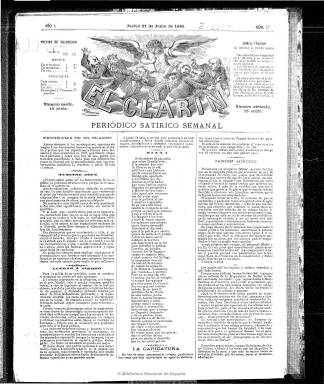
Título: El Clarín (Madrid. 1883)
Colección: Revistas satíricas y humorísticas || Periódicos
Ámbito geográfico: Madrid
Lugar de publicación: Madrid
Fechas: 21/06/1883-30/08/1883

Ante el temor de la suspensión temporal efectiva de El Motín (1881-1926), cuyo director, Juan Vallejo Larrinaga (-1892), también había sido sentenciado a dos meses de arresto, los editores de la que se considera principal revista satírica de corte republicano y anticlerical, comenzarán a publicar, a partir del 21 de junio de 1883, este título de resonancias taurinas, pero sin ninguna relación con ellas, pues se trata de otro “periódico satírico semanal” de naturaleza política, que sólo publicará diez entregas, hasta el 30 de agosto de ese mismo año. Se trata, pues, de un periódico circunstancial, con las mismas hechuras que El Motín, de cuatro páginas, compuesto a tres columnas, contenidos con el mismo estilo periodístico y estampado en la misma imprenta madrileña de M. Romero. La única diferencia de El Clarín con El Motín, es que el primero aparecerá los jueves y la ilustración sarcástica de sus páginas centrales será una litografía en blanco y negro, mientras que el segundo seguirá saliendo los domingos con sus caricaturas estampadas a color.

Su programa político tampoco variará un ápice, pues señala que atacará siempre a los monárquicos, censurará sin tregua a los demócratas benévolos, moralizará al clero y probará que los republicanos fueron unos “inocentes y unos majaderos en 1873, guardando respeto a personas y cosas que hoy se nos ponen por montera; recordando a cada paso que debimos imponer la libertad por el procedimiento que los conservadores sostienen la reacción; a palos. Ni más ni menos”.

Con un grabado en su cabecera de Masi, insertará breves artículos y comentarios sobre la situación política en este último tramo del gobierno de los liberales fusionistas sagastinos, cuya llegada al poder en 1881 había iniciado de facto el turno de partidos de la Restauración, coincidiendo durante el periodo de transición entre la derogación de la conservadora ley de imprenta de 1879 y la entrada en vigor de la nueva Ley de Policía de Imprenta de los liberales el 26 de julio de 1883. Pero también coincidirá la edición de ambas cabeceras de ideas avanzadas y librepensadoras y próximas al republicanismo de Manuel Ruiz Zorrilla con la  suspensión de las garantías constitucionales en todo el país por las insurrecciones republicanas en Badajoz y otros lugares a primeros de agosto.

Restablecidas las garantías constitucionales y salvaguardada la publicación de El Motín con la nueva ley de imprenta, los editores de este, Vallejo y José Nakens (1841-1926), que además son los únicos que llegan a firmar un par de textos en El Clarín, deciden no seguir publicando éste. En su lugar, empezarán a sacar cada jueves (a partir del seis de septiembre de 1883) un suplemento al número dominical de El Motín, cuya colección también forma parte de esta Hemeroteca Digital.